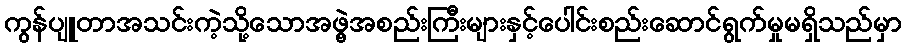
ကွန်ပျူတာအသင်းကဲ့သို့သောအဖွဲ့အစည်းကြီးများနှင့်ပေါင်းစည်းဆောင်ရွက်မှုမရှိသည်မှာ